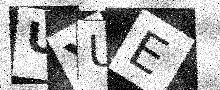
Text: UYUE